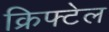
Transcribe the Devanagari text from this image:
क्रिफ्टेल